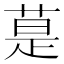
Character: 𦳚